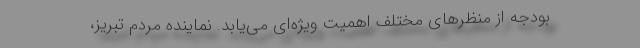
بودجه از منظرهای مختلف اهمیت ویژه‌ای می‌یابد. نماینده مردم تبریز،